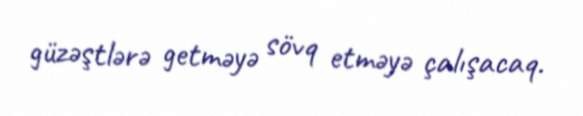
güzəştlərə getməyə sövq etməyə çalışacaq.